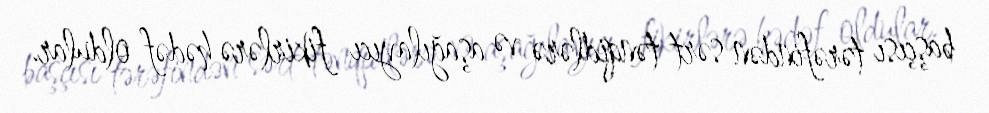
başçısı tərəfindən sərt tənqidlərə və aşağılayıcı fikirlərə hədəf oldular.